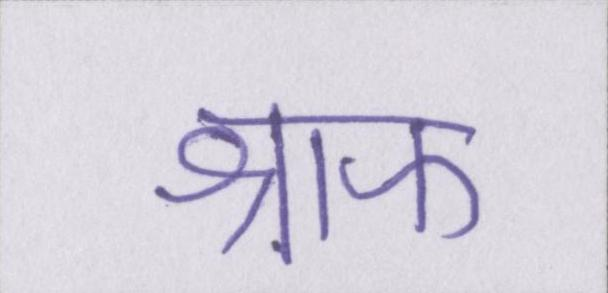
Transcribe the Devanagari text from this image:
श्राफ